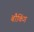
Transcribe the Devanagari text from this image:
बौकिंग